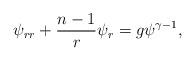
LaTeX: \begin{align*}\psi_{rr}+{{n-1}\over r}\psi_r=g\psi^{\gamma-1},\end{align*}